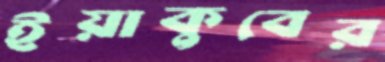
ইয়াকুবের